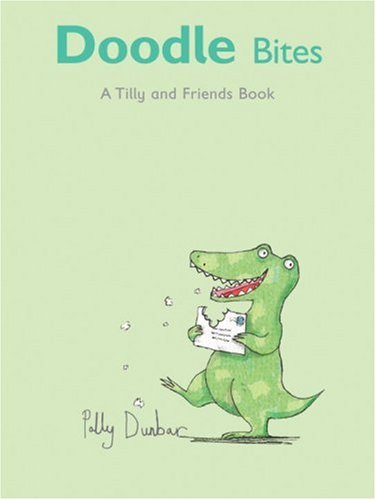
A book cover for Doodle Bites: A Tilly and Friends Book; Polly Dunbar; Children's Books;